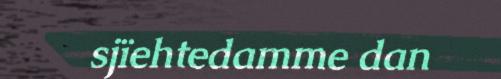
sjïehtedamme dan